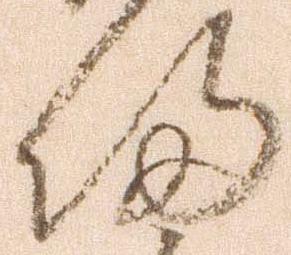
帰